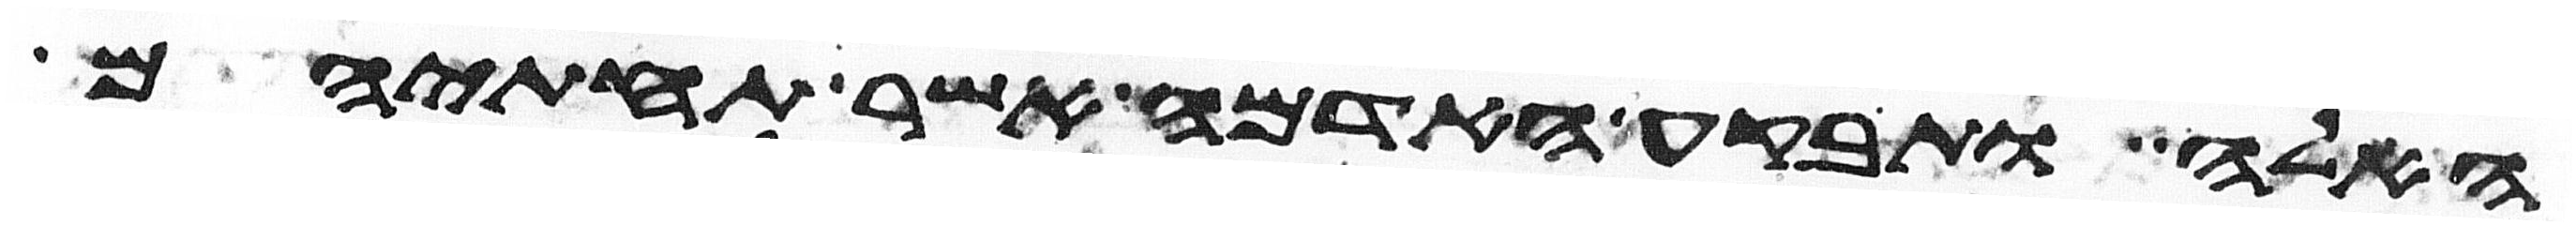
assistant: האלה ותבקע האדמה אשר תחתיהם